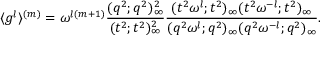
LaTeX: \langle g ^ { l } \rangle ^ { ( m ) } = \omega ^ { l ( m + 1 ) } \displaystyle \frac { ( q ^ { 2 } ; q ^ { 2 } ) _ { \infty } ^ { 2 } } { ( t ^ { 2 } ; t ^ { 2 } ) _ { \infty } ^ { 2 } } \displaystyle \frac { ( t ^ { 2 } \omega ^ { l } ; t ^ { 2 } ) _ { \infty } ( t ^ { 2 } \omega ^ { - l } ; t ^ { 2 } ) _ { \infty } } { ( q ^ { 2 } \omega ^ { l } ; q ^ { 2 } ) _ { \infty } ( q ^ { 2 } \omega ^ { - l } ; q ^ { 2 } ) _ { \infty } } .